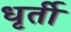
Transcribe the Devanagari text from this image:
धृर्ती